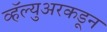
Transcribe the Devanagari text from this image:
व्हॅल्युअरकडून